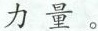
力量。